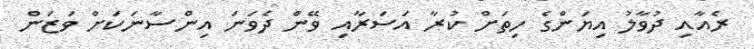
ރެއާއި ދުވާލު އިޔަންގެ ހިތަށް ކުރާ އަސަރާއި ވޭން ދެވަނަ އިންސާނަކަށް ވަޒަން